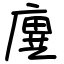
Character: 廙